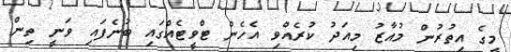
މީގެ އިތުރުން މުއާޒު މިއަދު ކުރެއްވި އެހެން ޓްވީޓެއްގައި ބުނެފައި ވަނީ ތިން